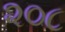
૨૦૮